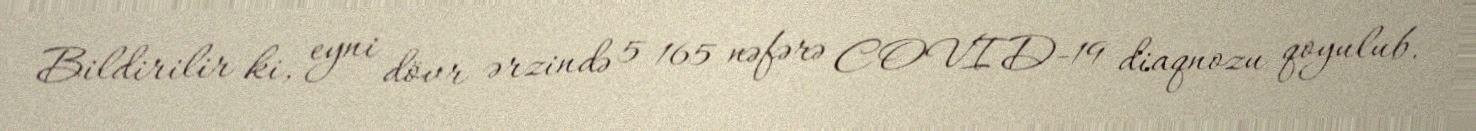
Bildirilir ki, eyni dövr ərzində 5 165 nəfərə COVID-19 diaqnozu qoyulub.